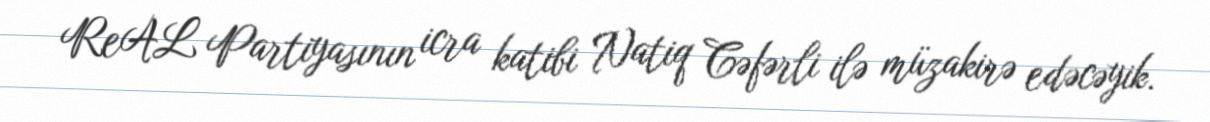
ReAL Partiyasının icra katibi Natiq Cəfərli ilə müzakirə edəcəyik.